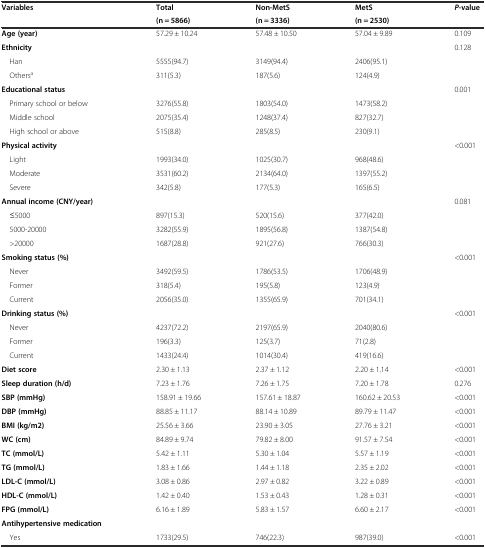
<table><thead><tr><td rowspan="2"><b>Variables</b></td><td><b>Total</b></td><td><b>Non-MetS</b></td><td><b>MetS</b></td><td rowspan="2"><b><i>P-</i>value</b></td></tr><tr><td><b>(n = 5866)</b></td><td><b>(n = 3336)</b></td><td><b>(n = 2530)</b></td></tr></thead><tbody><tr><td><b>Age (year)</b></td><td>57.29 ± 10.24</td><td>57.48 ± 10.50</td><td>57.04 ± 9.89</td><td>0.109</td></tr><tr><td><b>Ethnicity</b></td><td></td><td></td><td></td><td>0.128</td></tr><tr><td> Han</td><td>5555(94.7)</td><td>3149(94.4)</td><td>2406(95.1)</td><td></td></tr><tr><td> Others<sup>a</sup></td><td>311(5.3)</td><td>187(5.6)</td><td>124(4.9)</td><td></td></tr><tr><td><b>Educational status</b></td><td></td><td></td><td></td><td>0.001</td></tr><tr><td> Primary school or below</td><td>3276(55.8)</td><td>1803(54.0)</td><td>1473(58.2)</td><td></td></tr><tr><td> Middle school</td><td>2075(35.4)</td><td>1248(37.4)</td><td>827(32.7)</td><td></td></tr><tr><td> High school or above</td><td>515(8.8)</td><td>285(8.5)</td><td>230(9.1)</td><td></td></tr><tr><td><b>Physical activity</b></td><td></td><td></td><td></td><td>&lt;0.001</td></tr><tr><td> Light</td><td>1993(34.0)</td><td>1025(30.7)</td><td>968(48.6)</td><td></td></tr><tr><td> Moderate</td><td>3531(60.2)</td><td>2134(64.0)</td><td>1397(55.2)</td><td></td></tr><tr><td> Severe</td><td>342(5.8)</td><td>177(5.3)</td><td>165(6.5)</td><td></td></tr><tr><td><b>Annual income (CNY/year)</b></td><td></td><td></td><td></td><td>0.081</td></tr><tr><td> ≤5000</td><td>897(15.3)</td><td>520(15.6)</td><td>377(42.0)</td><td></td></tr><tr><td> 5000-20000</td><td>3282(55.9)</td><td>1895(56.8)</td><td>1387(54.8)</td><td></td></tr><tr><td> &gt;20000</td><td>1687(28.8)</td><td>921(27.6)</td><td>766(30.3)</td><td></td></tr><tr><td><b>Smoking status (%)</b></td><td></td><td></td><td></td><td>&lt;0.001</td></tr><tr><td> Never</td><td>3492(59.5)</td><td>1786(53.5)</td><td>1706(48.9)</td><td></td></tr><tr><td> Former</td><td>318(5.4)</td><td>195(5.8)</td><td>123(4.9)</td><td></td></tr><tr><td> Current</td><td>2056(35.0)</td><td>1355(65.9)</td><td>701(34.1)</td><td></td></tr><tr><td><b>Drinking status (%)</b></td><td></td><td></td><td></td><td>&lt;0.001</td></tr><tr><td> Never</td><td>4237(72.2)</td><td>2197(65.9)</td><td>2040(80.6)</td><td></td></tr><tr><td> Former</td><td>196(3.3)</td><td>125(3.7)</td><td>71(2.8)</td><td></td></tr><tr><td> Current</td><td>1433(24.4)</td><td>1014(30.4)</td><td>419(16.6)</td><td></td></tr><tr><td><b>Diet score</b></td><td>2.30 ± 1.13</td><td>2.37 ± 1.12</td><td>2.20 ± 1.14</td><td>&lt;0.001</td></tr><tr><td><b>Sleep duration (h/d)</b></td><td>7.23 ± 1.76</td><td>7.26 ± 1.75</td><td>7.20 ± 1.78</td><td>0.276</td></tr><tr><td><b>SBP (mmHg)</b></td><td>158.91 ± 19.66</td><td>157.61 ± 18.87</td><td>160.62 ± 20.53</td><td>&lt;0.001</td></tr><tr><td><b>DBP (mmHg)</b></td><td>88.85 ± 11.17</td><td>88.14 ± 10.89</td><td>89.79 ± 11.47</td><td>&lt;0.001</td></tr><tr><td><b>BMI (kg/m2)</b></td><td>25.56 ± 3.66</td><td>23.90 ± 3.05</td><td>27.76 ± 3.21</td><td>&lt;0.001</td></tr><tr><td><b>WC (cm)</b></td><td>84.89 ± 9.74</td><td>79.82 ± 8.00</td><td>91.57 ± 7.54</td><td>&lt;0.001</td></tr><tr><td><b>TC (mmol/L)</b></td><td>5.42 ± 1.11</td><td>5.30 ± 1.04</td><td>5.57 ± 1.19</td><td>&lt;0.001</td></tr><tr><td><b>TG (mmol/L)</b></td><td>1.83 ± 1.66</td><td>1.44 ± 1.18</td><td>2.35 ± 2.02</td><td>&lt;0.001</td></tr><tr><td><b>LDL-C (mmol/L)</b></td><td>3.08 ± 0.86</td><td>2.97 ± 0.82</td><td>3.22 ± 0.89</td><td>&lt;0.001</td></tr><tr><td><b>HDL-C (mmol/L)</b></td><td>1.42 ± 0.40</td><td>1.53 ± 0.43</td><td>1.28 ± 0.31</td><td>&lt;0.001</td></tr><tr><td><b>FPG (mmol/L)</b></td><td>6.16 ± 1.89</td><td>5.83 ± 1.57</td><td>6.60 ± 2.17</td><td>&lt;0.001</td></tr><tr><td><b>Antihypertensive medication</b></td><td></td><td></td><td></td><td></td></tr><tr><td> Yes</td><td>1733(29.5)</td><td>746(22.3)</td><td>987(39.0)</td><td>&lt;0.001</td></tr></tbody></table>